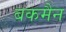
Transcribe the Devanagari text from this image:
बकमैन